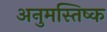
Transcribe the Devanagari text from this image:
अनुमस्तिष्‍क